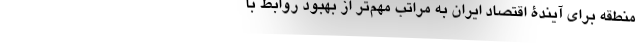
منطقه برای آیندۀ اقتصاد ایران به مراتب مهم‌تر از بهبودِ روابط با